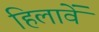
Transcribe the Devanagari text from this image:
हिलावें